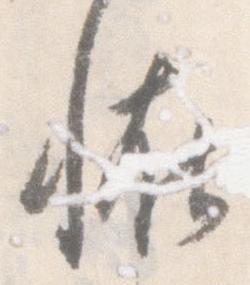
恠